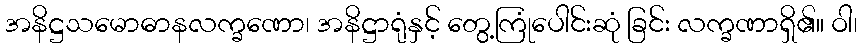
အနိဋ္ဌသမောဓာနလက္ခဏော၊ အနိဋ္ဌာရုံနှင့် တွေ့ကြုံပေါင်းဆုံ ခြင်း လက္ခဏာရှိ၏။ ဝါ၊